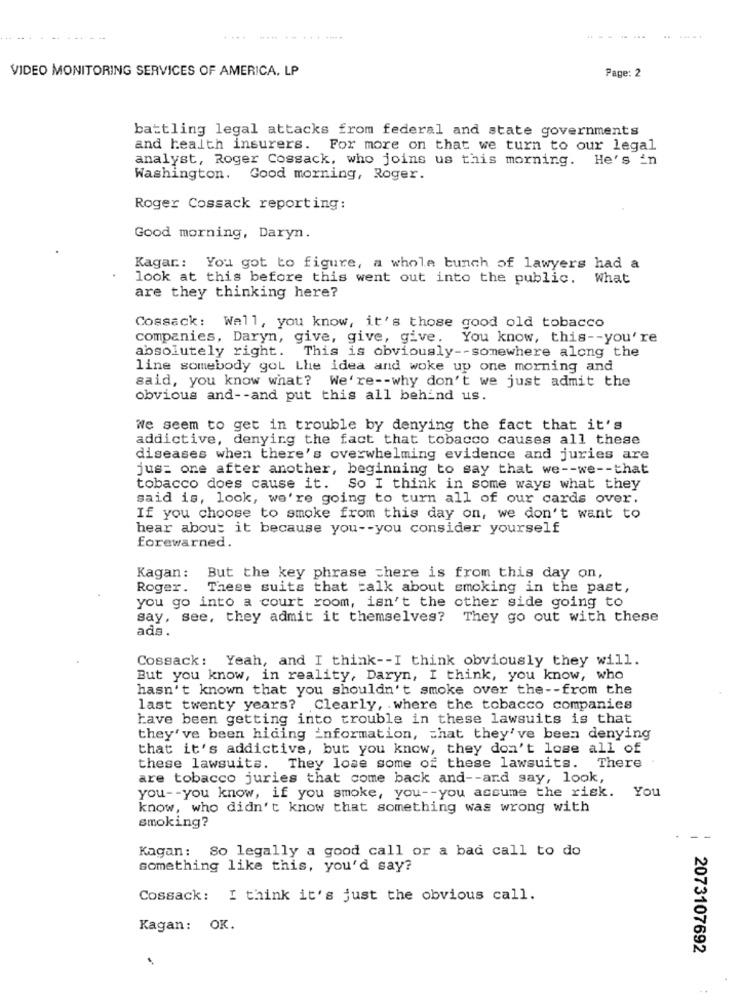
VIDEO MONITORING SERVICES OF AMERICA, LP
Page: 2
battling legal attacks from federal and state governments
and health insurers. For more on that we turn to our legal
analyst, Roger Cossack, who joins us this morning. He's in
Washington. Good morning, Roger.
Roger Cossack reporting:
Good morning, Daryn.
Kagar .: You got to figure, a whole bunch of lawyers had a
look at this before this went out into the public.
What
are they thinking here?
Cossack: Wall, you know, it's those good old tobacco
companies, Daryn, give, give, give. You know, this -- you're
absolutely right. This is obviously -- somewhere along the
line somebody got Lhe idea and woke up one morning and
said, you know what? We're -- why don't we just admit the
obvious and -- and put this all behind us.
We seem to get in trouble by denying the fact that it's
addictive, denying the fact that tobacco causes all these
diseases when there's overwhelming evidence and juries are
jus= one after another, beginning to say that we -- we -- that
tobacco does cause it. So I think in some ways what they
said is, look, we're going to turn all of our cards over.
If you choose to smoke from this day on, we don't want to
hear about it because you -- you consider yourself
forewarned.
Kagan:
But the key phrase there is from this day on,
Roger.
These suits that talk about smoking in the past,
you go into a court room, isn't the other side going to
say, see, they admit it themselves? They go out with these
ads.
Cossack: Yeah, and I think -- I think obviously they will.
But you know, in reality, Daryn, I think, you know, who
hasn't known that you shouldn't smoke over the -- from the
last twenty years? Clearly, where the tobacco companies
have been getting into trouble in these lawsuits is that
they've been hiding information, chat they've been denying
that it's addictive, but you know, they don't lose all of
these lawsuits.
They lose some of these lawsuits.
There
are tobacco juries that come back and -- and say, look,
you -- you know, if you smoke, you -- you assume the risk. You
know, who didn't know that something was wrong with
smoking?
-
Kagan: So legally a good call or a bad call to do
something like this, you'd say?
Cossack: I think it's just the obvious call.
Kagan: OK.
2073107692